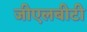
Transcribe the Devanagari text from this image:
जीएलबीटी